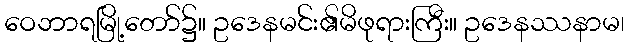
ဝေဘာရမြို့တော်၌။ ဥဒေနမင်း၏မိဖုရားကြီး။ ဥဒေနဿနာမ၊